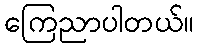
ကြေညာပါတယ်။